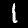
Digit: 1